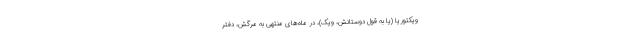
ویکتوریا (یا به قول دوستانش، ویک)، در ماه‌های منتهی به مرگش، دفتر